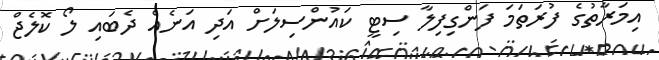
އިމަރާތުގެ ފުރަތަމަ ފަންގިފިލާ ސިޓީ ކައުންސިލަށް އަދި އަނެއް ދެބައި ލޯ ކޮލެޖް